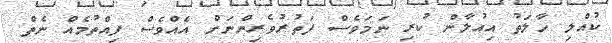
ކުއްލި ހާލަތު އިއުލާން ކުރި ނަމަވެސް ފަތުރުވެރިންނަށް އެއްވެސް ފިއްތުމެއް ނެތް